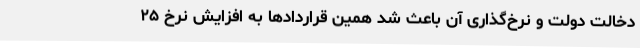
دخالت دولت و نرخ‌گذاری آن باعث شد همین قراردادها به افزایش نرخ ۲۵